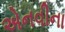
એનવીના